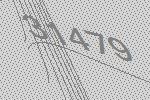
31479